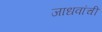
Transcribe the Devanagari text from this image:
जाधवांची